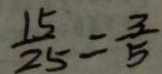
\frac { 1 5 } { 2 5 } = \frac { 3 } { 5 }